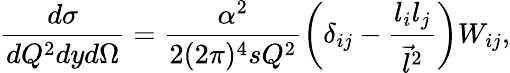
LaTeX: \frac{d\sigma}{dQ^{2}dyd\Omega}=\frac{\alpha^{2}}{2(2\pi)^{4}sQ^{2}}\left(\delta_{ij}-\frac{l_{i}l_{j}}{{\vec{l}}^{2}}\right)W_{ij},